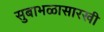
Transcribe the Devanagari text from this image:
सुबाभळासारखी